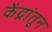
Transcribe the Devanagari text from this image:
केंद्रांतून